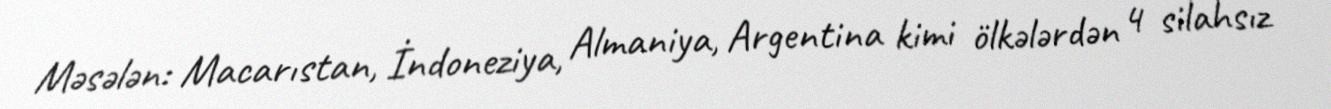
Məsələn: Macarıstan, İndoneziya, Almaniya, Argentina kimi ölkələrdən 4 silahsız